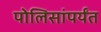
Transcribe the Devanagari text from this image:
पोलिसांपर्यंत